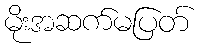
မိုးအဆက်မပြတ်